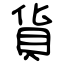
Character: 貨